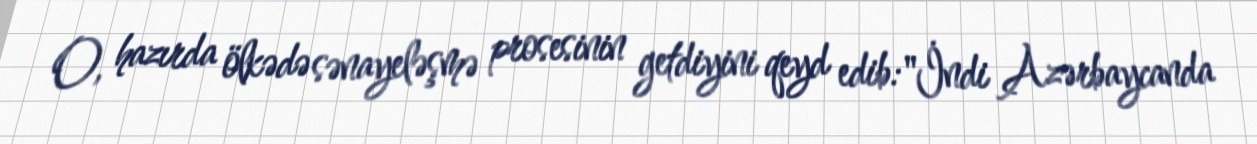
O, hazırda ölkədə sənayeləşmə prosesinin getdiyini qeyd edib:"İndi Azərbaycanda